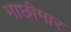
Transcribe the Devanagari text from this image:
माछीमार